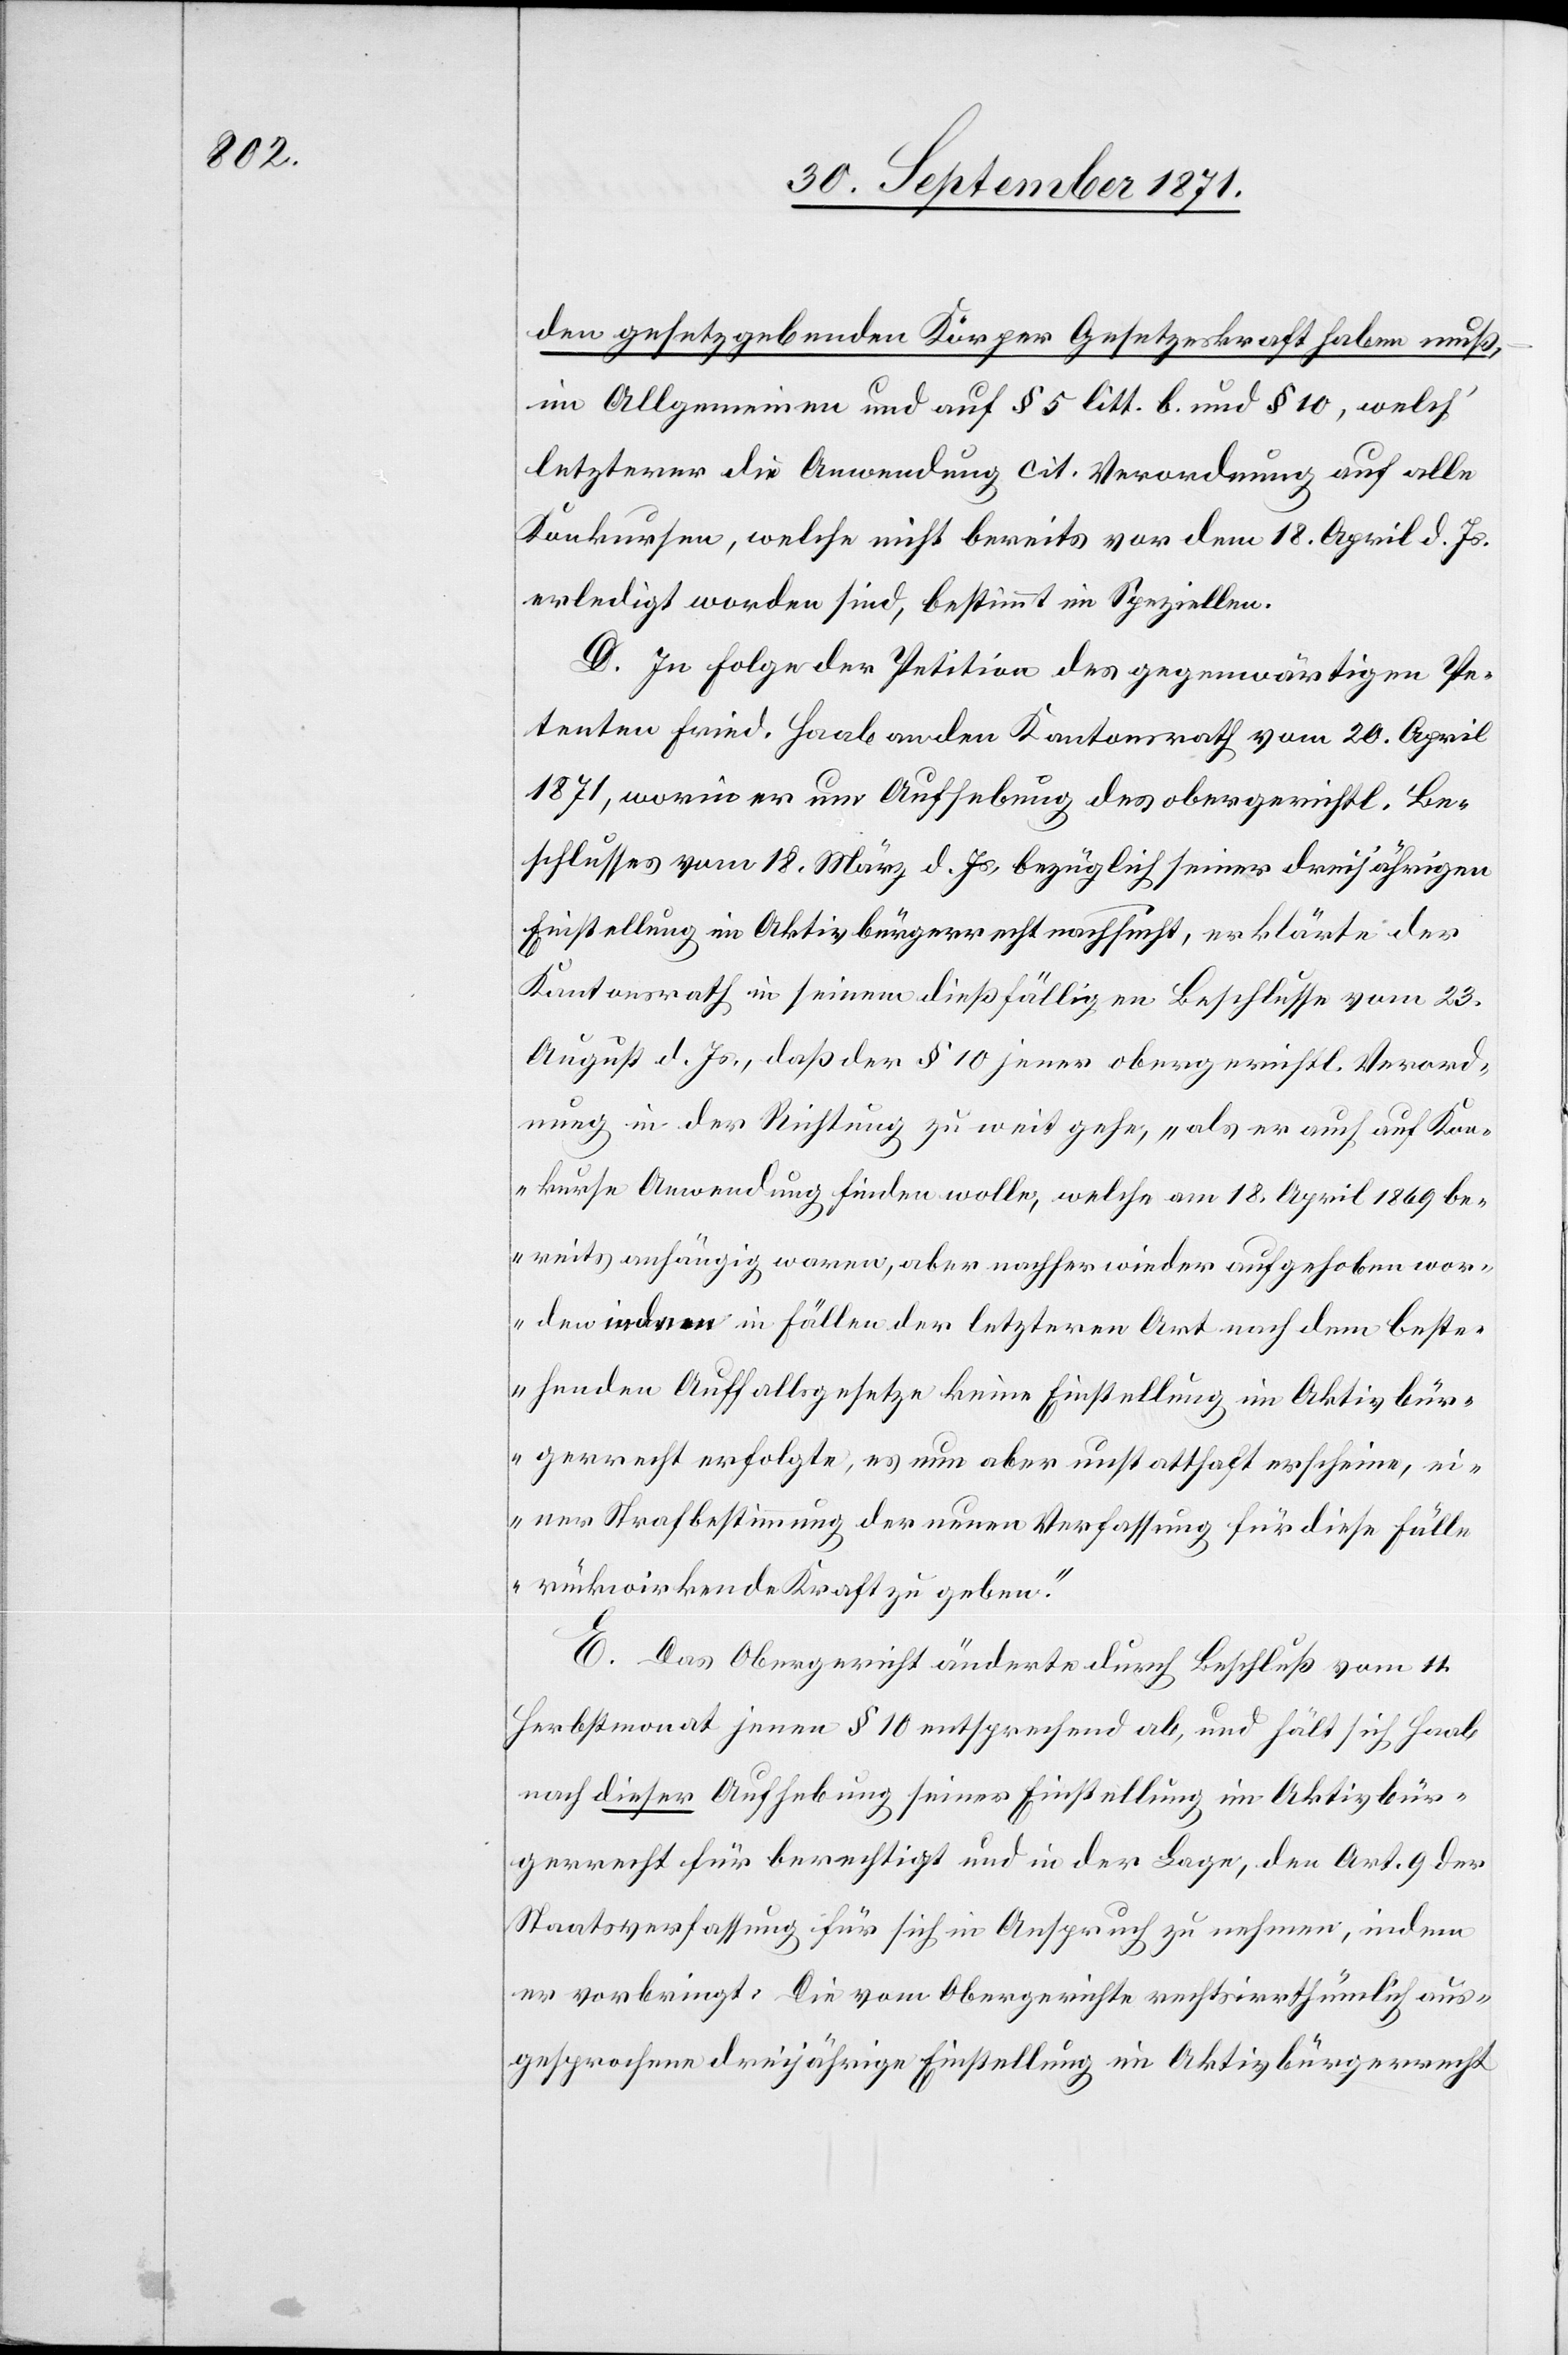
den gesetzgebenden Bürger Gesetzeskraft haben muß,
im Allgemeinen und auf § 5 litt. b. und § 10, welch’
letzterer die Anwendung cit. Verordnung auf alle
Konkursen, welche nicht bereits vor dem 18. April d. Js.
erledigt worden sind, bestimmt im Speziellen.
D. In folgender Petition des gegenwärtigen Pe¬
tenten Fried. Haab an den Kantonsrath vom 20. April
1871, worin er um Aufhebung des obergerichtl. Be¬
schlusses vom 18. März d. Js., bezüglich seiner dreijährigen
Einstellung im Aktivbürgerrecht nachsucht, erklärte der
Kantonsrath in seinem dießfälligen Beschlusse vom 23.
August d. Js., daß der § 10 jener obergerichtl. Verord¬
nung in der Richtung zu weit gehe, „als er auch auf Kon¬
kurse Anwendung finden wolle, welche am 18. April 1860 be¬
reits anhängig waren, aber nachher wieder aufgehoben wor¬
den indem in Fällen der letzteren Art nach dem beste¬
henden Auffallsgesetze keine Einstellung im Aktivbür¬
gerrecht erfolgte, es nun aber unstatthaft erscheine, ei¬
ner Strafbestimmung der neuen Verfassung für diese Fälle
rückwirkende Kraft zu geben.“
E. Das Obergericht änderte durch Beschluß vom 11.
Herbstmonat jenen § 10 entsprechend ab, und hält sich Haab
nach dieser Aufhebug seiner Einstellung im Aktivbür¬
gerrecht für berechtigt und in der Lage, den Art. 9 der
Staatsverfassung für sich in Anspruch zu nehmen, indem
er vorbringt: Die vom Obergerichte rechtsirrthümlich aus¬
gesprochene dreijährige Einstellung im Aktivbürgerrecht